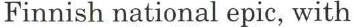
Finnish national epic, with